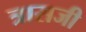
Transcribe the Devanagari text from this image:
त्रासजी